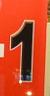
1